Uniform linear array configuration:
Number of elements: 48
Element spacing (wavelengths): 0.25
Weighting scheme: cosine
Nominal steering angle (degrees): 60
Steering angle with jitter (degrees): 58.815
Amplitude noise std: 0.05
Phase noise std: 0.05

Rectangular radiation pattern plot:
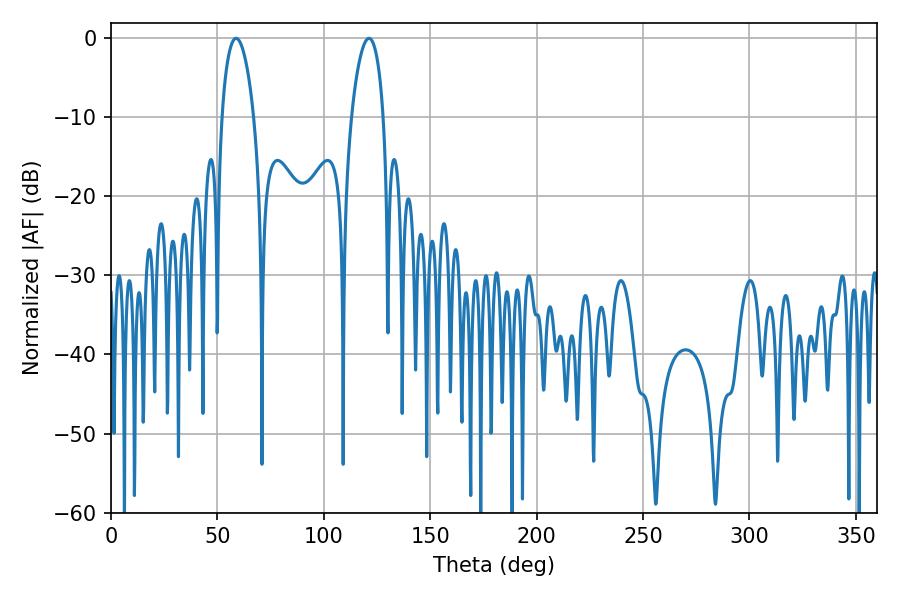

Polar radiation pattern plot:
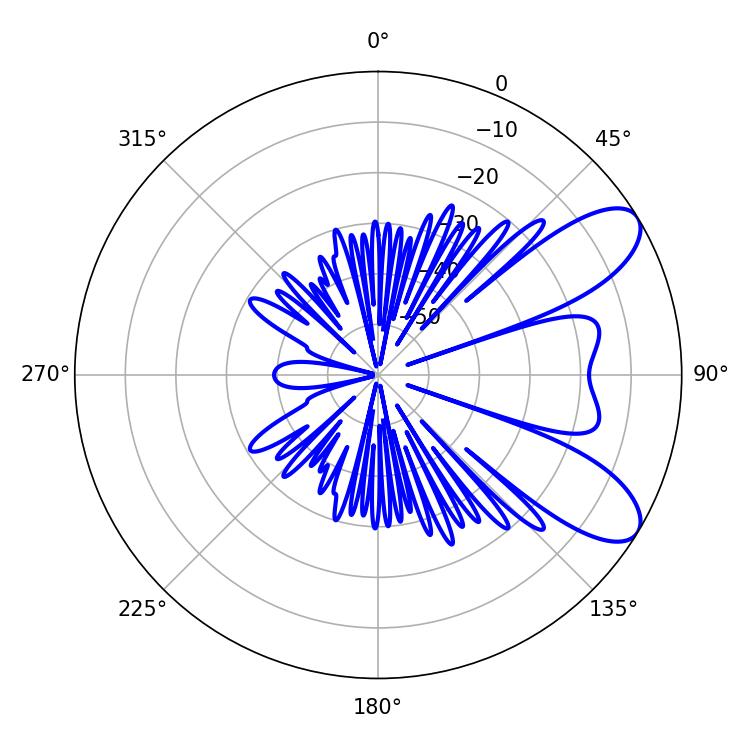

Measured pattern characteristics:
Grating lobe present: FALSE
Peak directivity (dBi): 8.485
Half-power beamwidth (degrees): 8.64
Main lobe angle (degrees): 58.86